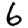
Digit: 6